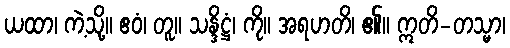
ယထာ၊ ကဲ့သို့။ ဧဝံ၊ တူ။ သန္ဒိဋ္ဌံ၊ ကို။ အရဟတိ၊ ၏။ ဣတိ-တသ္မာ၊